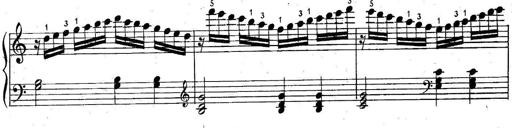
Title: 6 Easy Sonatinas
Composer: Carl Czerny